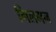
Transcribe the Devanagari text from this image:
गिलमन